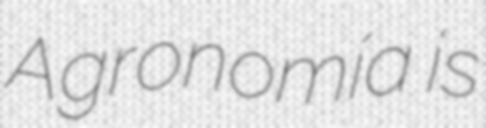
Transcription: Agronomía is